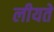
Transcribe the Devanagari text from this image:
लीयते